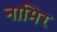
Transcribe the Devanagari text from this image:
नामिर